Annual report on the lock hospitals of the Madras Presidency
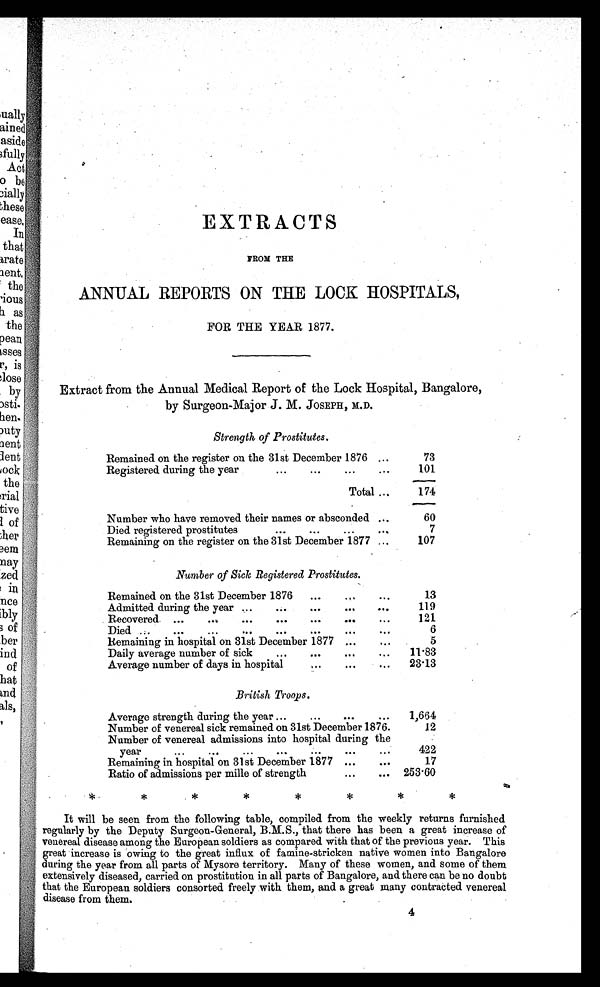
EXTRACTS
FROM THE
ANNUAL REPORTS ON THE LOOK HOSPITALS,
FOR THE YEAR 1877.
Extract from the Annual Medical Report of the Lock Hospital, Bangalore,
by Surgeon-Major J. M. JOSEPH, M.D.
Strength of Prostitutes.
Remained on the register on the 31st December 1876 ...
73
Registered during the year
...
...
...
. . .
101
Total ...
174
Number who have removed their names or absconded ...
60
Died registered prostitutes
...
...
...
...
7
Remaining on the register on the 31st December 1877 ...
107
Number of Sick Registered Prostitutes.
Remained on the 31st December 1876
...
. , ...
13
Admitted during the year ...
...
...
..2
.. .
119
Recovered. ...
...
...
...
e. .
...
. t *
121
Died ......
...
...
...
...
...
.. .
6
Remaining in hospital on 31st December 1877 ...
.. .
5
. . .
Daily average number of sick...
...
e. .
Average number of days in hospital
...
...
...
23.13
British Troops.
Average strength during the year ...
0
.
. . . .
. . .
1,664
Number of venereal sick remained on 31st December 1876.
12
Number of venereal admissions into hospital during the
year
...
...
...
...
...
422
Remaining in hospital on 31st December 1877 ...
. . .
17
Ratio of admissions per mille of strength
.
. .
. . . 253.60
It will be seen from the following table, compiled from the weekly returns furnished
regularly by the Deputy Surgeon-General, B.M.S., that there has been a great increase of
venereal disease among the European soldiers as compared with that of the previous year. This
great increase is owing to the great influx of famine-stricken native women into Bangalore
during the year from all parts of Mysore territory. Many of these women, and some of them
extensively diseased, carried on prostitution in all parts of Bangalore, and there can be no doubt
that the European soldiers consorted freely with them, and a great many contracted venereal
disease from them.